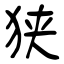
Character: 狭